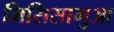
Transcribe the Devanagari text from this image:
मिसिसागुआ